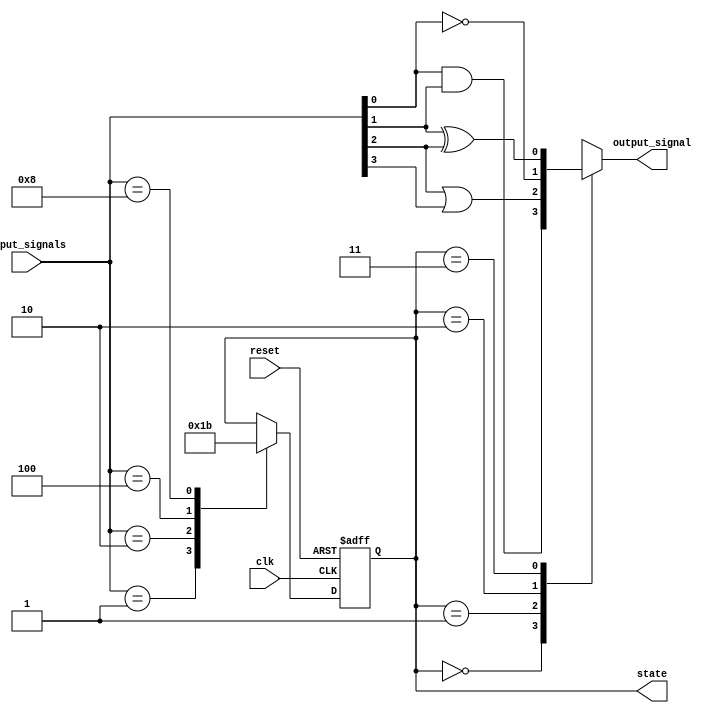
module state_machine (
    input clk,
    input reset,
    input [3:0] input_signals,
    output reg [1:0] state,
    output reg output_signal
);

// State definitions
parameter STATE_A = 2'b00;
parameter STATE_B = 2'b01;
parameter STATE_C = 2'b10;
parameter STATE_D = 2'b11;

// Internal signals
reg [1:0] next_state;

// Priority encoding logic
always @(*)
begin
    case(input_signals)
        4'b0001: next_state = STATE_A;
        4'b0010: next_state = STATE_B;
        4'b0100: next_state = STATE_C;
        4'b1000: next_state = STATE_D;
        default: next_state = state;
    endcase
end

// State machine logic
always @(posedge clk or posedge reset)
begin
    if (reset)
        state <= STATE_A;
    else
        state <= next_state;
end

// Output logic
always @(*)
begin
    case(state)
        STATE_A: output_signal = input_signals[0] & input_signals[1];
        STATE_B: output_signal = input_signals[2] | input_signals[3];
        STATE_C: output_signal = ~input_signals[0];
        STATE_D: output_signal = input_signals[1] ^ input_signals[2];
    endcase
end

endmodule